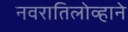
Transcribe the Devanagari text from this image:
नवरातिलोव्हाने